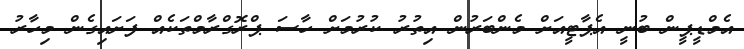
އެމްޑީޕީން ބުނީ އެޕާޓީއަށް މެންބަރުން އިތުރު ކުރުމަށް ހާސަ ޕްރޮގްރާމްތަކެއް ފަށައިގެން މިހާރު